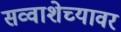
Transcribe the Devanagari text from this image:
सव्वाशेच्यावर